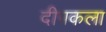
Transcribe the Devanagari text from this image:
दीपकला